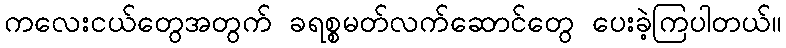
ကလေးငယ်တွေအတွက် ခရစ္စမတ်လက်ဆောင်တွေ ပေးခဲ့ကြပါတယ်။